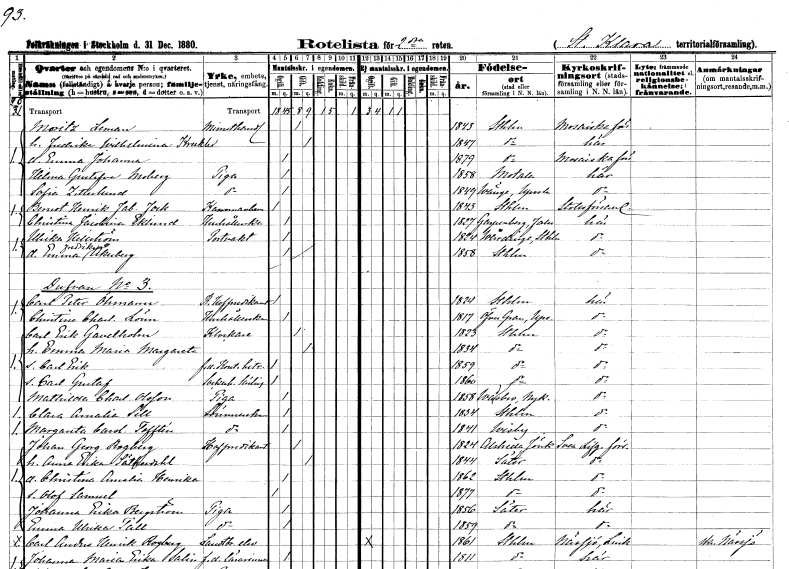
gt_parse: households: individuals: FN: Moritz
EN: Leman
YRKE: Minuthandlare
KON: M
CIV: G
FODAR: 1843
FODFORS: Stockholm
FN: Fredrika Wilhelmina
EN: Kreckler
KON: K
CIV: G
FODAR: 1847
FODFORS: Stockholm
FN: Emma Johanna
KON: K
CIV: O
FODAR: 1879
FODFORS: Stockholm
FN: Hilma Gustafva
EN: Moberg
YRKE: Piga
KON: K
CIV: O
FODAR: 1858
FODFORS: Motala Östergötlands län
FN: Sofia
EN: Zetterlund
YRKE: Piga
KON: K
CIV: O
FODAR: 1849
FODFORS: Vänge Uppsala län
FN: Berndt Henrik Fabian
EN: Fock
KON: M
CIV: O
FODAR: 1843
FODFORS: Stockholm
FN: Christina Jacobina
EN: Eklund
YRKE: Hushållerska
KON: K
CIV: O
FODAR: 1827
FODFORS: Garpenberg Kopparbergs län
FN: Ulrika
EN: Kellström
YRKE: Portvakt
KON: K
CIV: O
FODAR: 1824
FODFORS: Vårdinge Stockholms län
FN: Emma Fredrika
EN: Åkerberg
KON: K
CIV: O
FODAR: 1858
FODFORS: Stockholm
FN: Carl Peter
EN: Öhmann
YRKE: Kunglig hovpredikant
KON: M
CIV: O
FODAR: 1824
FODFORS: Stockholm
FN: Christina Charlotta
EN: Lönn
YRKE: Hushållerska
KON: K
CIV: O
FODAR: 1817
FODFORS: Övergran Uppsala län
FN: Carl Erik
EN: Gavelholm
YRKE: Klockare
KON: M
CIV: G
FODAR: 1823
FODFORS: Stockholm
FN: Emma Maria Margareta
KON: K
CIV: G
FODAR: 1834
FODFORS: Stockholm
FN: Carl Erik
YRKE: Kontorsbiträde f.d.
KON: M
CIV: O
FODAR: 1859
FODFORS: Stockholm
FN: Carl Gustaf
YRKE: Sockerbrukslärling
KON: M
CIV: O
FODAR: 1860
FODFORS: Stockholm
FN: Mathilda Charlotta
EN: Olsson
YRKE: Piga
KON: K
CIV: O
FODAR: 1858
FODFORS: Vadsbro Södermanlands län
FN: Clara Amalia
EN: Sell
YRKE: Sömmerska
KON: K
CIV: O
FODAR: 1834
FODFORS: Stockholm
FN: Margareta Carolina
EN: Tofftén
YRKE: Sömmerska
KON: K
CIV: O
FODAR: 1841
FODFORS: Visby Gotlands län
FN: Johan Georg
EN: Rogberg
YRKE: Hovpredikant
KON: M
CIV: G
FODAR: 1824
FODFORS: Alseda Jönköpings län
FN: Anna Erika
EN: Säterdahl
KON: K
CIV: G
FODAR: 1844
FODFORS: Säter Kopparbergs län
FN: Christina Amalia Henrika
KON: K
CIV: O
FODAR: 1862
FODFORS: Stockholm
FN: Olof Samuel
KON: M
CIV: O
FODAR: 1877
FODFORS: Stockholm
FN: Johanna Erika
EN: Bergström
YRKE: Piga
KON: K
CIV: O
FODAR: 1856
FODFORS: Säter Kopparbergs län
FN: Emma Ulrika
EN: Tall
YRKE: Piga
KON: K
CIV: O
FODAR: 1859
FODFORS: Säter Kopparbergs län